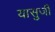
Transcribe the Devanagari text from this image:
यासुजी